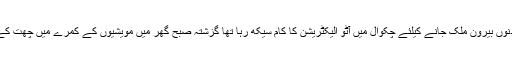
محمداظہر ولد محمدظفر جو ان دنوں بیرون ملک جانے کیلئے چکوال میں آٹو الیکٹریشن کا کام سیکھ رہا تھا گزشتہ صبح گھر میں مویشیوں کے کمرے میں چھت کے ساتھ رسی باندھ کر جھول گیا۔